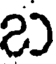
బ